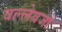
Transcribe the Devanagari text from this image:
वल्लेबजों